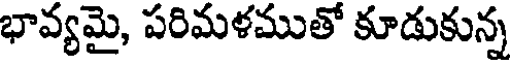
భావ్యమై, పరిమళముతో కూడుకున్న